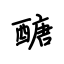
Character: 醣